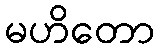
မဟိတော